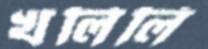
খলিলি